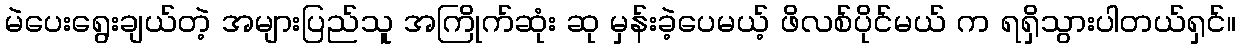
မဲပေးရွေးချယ်တဲ့ အများပြည်သူ အကြိုက်ဆုံး ဆု မှန်းခဲ့ပေမယ့် ဖိလစ်ပိုင်မယ် က ရရှိသွားပါတယ်ရှင်။